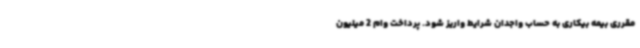
مقرری بیمه بیکاری به حساب واجدان شرایط واریز شود. پرداخت وام 2 میلیون